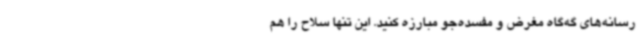
رسانه‌های گه‌گاه مغرض و مفسده‌جو مبارزه کنید. این تنها سلاح را هم